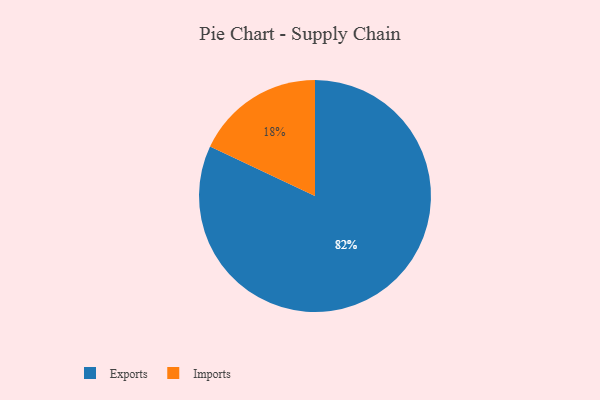
{"axis": {"x": "Category", "y": "Percentage"}, "legend": ["Exports", "Imports"], "data": [{"x": "Imports", "y": 18, "type": "Imports"}, {"x": "Exports", "y": 82, "type": "Exports"}]}